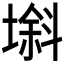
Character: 𱗯